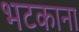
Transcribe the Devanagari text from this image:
भटकाना